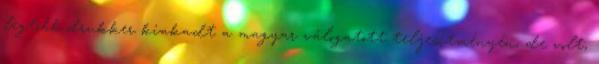
legtöbb drukker kiakadt a magyar válogatott teljesítményén, de volt,